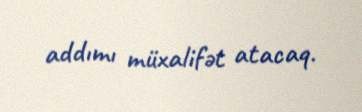
addımı müxalifət atacaq.